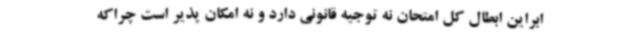
ابراین ابطال کل امتحان نه توجیه قانونی دارد و نه امکان پذیر است چراکه